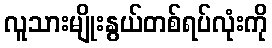
လူသားမျိုးနွယ်တစ်ရပ်လုံးကို